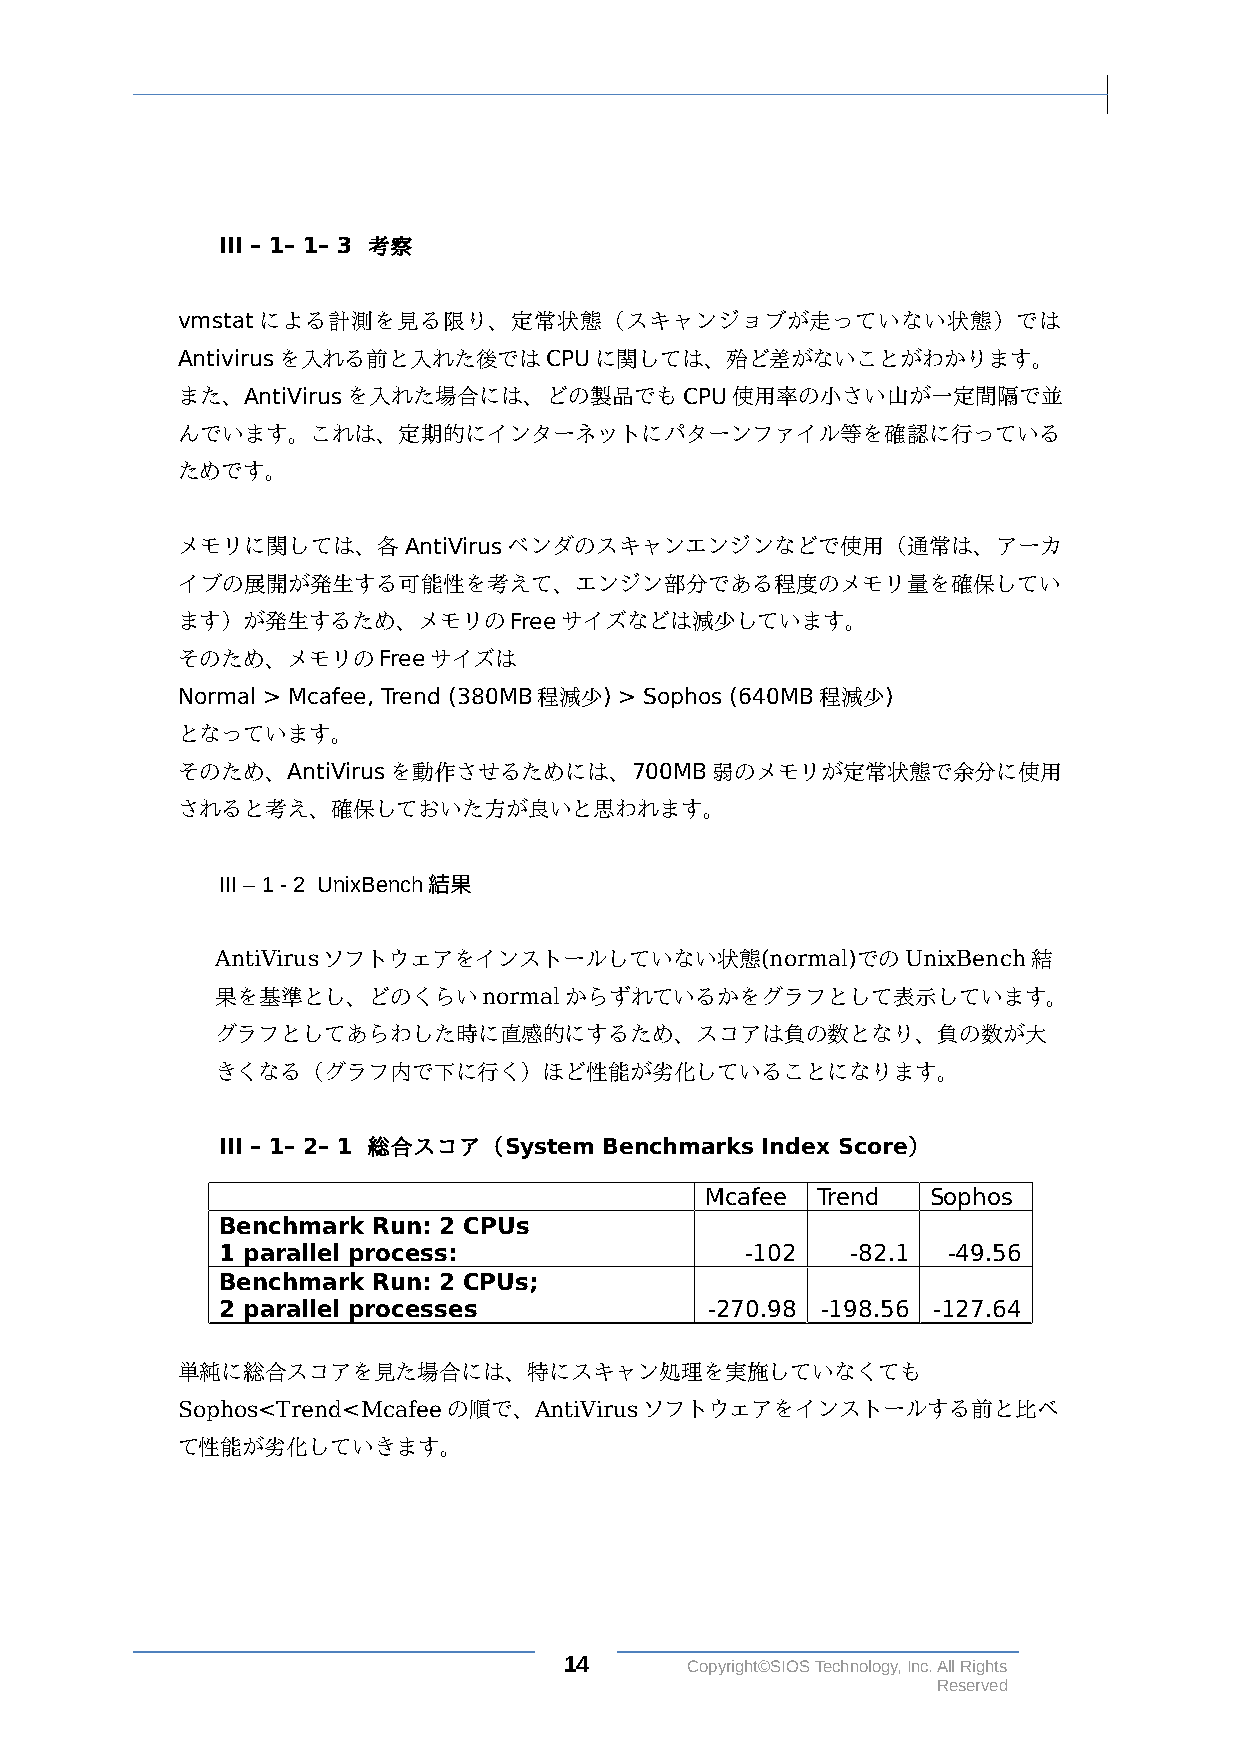
III – 1– 1– 3 考察
 vmstatによる計測を見る限り、定常状態（スキャンジョブが走っていない状態）では
 Antivirusを入れる前と入れた後ではCPUに関しては、殆ど差がないことがわかります。
 また、AntiVirusを入れた場合には、どの製品でもCPU使用率の小さい山が一定間隔で並
 んでいます。これは、定期的にインターネットにパターンファイル等を確認に行っている
 ためです。
 メモリに関しては、各AntiVirusベンダのスキャンエンジンなどで使用（通常は、アーカ
 イブの展開が発生する可能性を考えて、エンジン部分である程度のメモリ量を確保してい
 ます）が発生するため、メモリのFreeサイズなどは減少しています。
 そのため、メモリのFreeサイズは
 Normal > Mcafee, Trend (380MB程減少) > Sophos (640MB程減少)
 となっています。
 そのため、AntiVirusを動作させるためには、700MB弱のメモリが定常状態で余分に使用
 されると考え、確保しておいた方が良いと思われます。
 III – 1 - 2 UnixBench結果
 AntiVirusソフトウェアをインストールしていない状態(normal)でのUnixBench結
 果を基準とし、どのくらいnormalからずれているかをグラフとして表示しています。
 グラフとしてあらわした時に直感的にするため、スコアは負の数となり、負の数が大
 きくなる（グラフ内で下に行く）ほど性能が劣化していることになります。
 III – 1– 2– 1 総合スコア（System Benchmarks Index Score）
 Mcafee Trend   Sophos
 Benchmark Run: 2 CPUs
 1 parallel process:               -102   -82.1  -49.56
 Benchmark Run: 2 CPUs;
 2 parallel processes            -270.98 -198.56 -127.64
 単純に総合スコアを見た場合には、特にスキャン処理を実施していなくても
 Sophos<Trend<Mcafeeの順で、AntiVirusソフトウェアをインストールする前と比べ
 て性能が劣化していきます。
 14      Copyright©SIOS Technology, Inc. All Rights
 Reserved